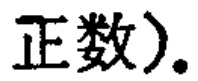
正数).